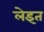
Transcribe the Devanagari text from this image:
लेइत